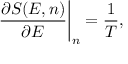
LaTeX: \left. \frac { \partial S ( E , n ) } { \partial E } \right| _ { n } = \frac 1 { T } ,